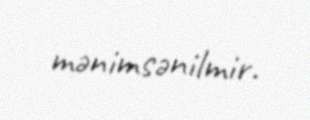
mənimsənilmir.